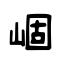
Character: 崓